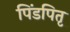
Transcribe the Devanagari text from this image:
पिंडपितृ